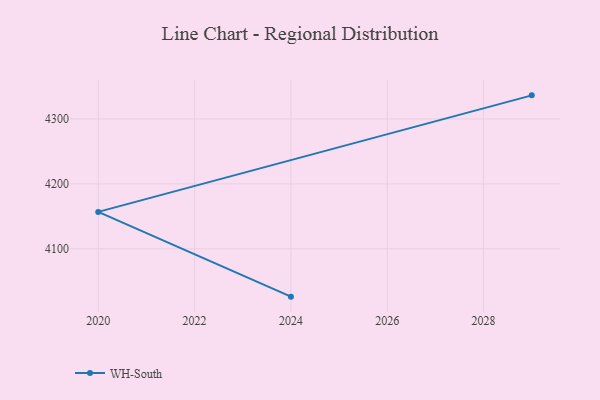
{"axis": {"x": "Year", "y": "Shipments"}, "legend": ["WH-South"], "data": [{"x": "2024", "y": 4026.4, "type": "WH-South"}, {"x": "2020", "y": 4156.9, "type": "WH-South"}, {"x": "2029", "y": 4336.3, "type": "WH-South"}]}